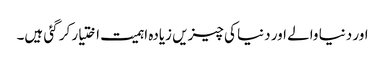
اور دنیا والے اور دنیا کی چیزیں زیادہ اہمیت اختیار کر گئی ہیں۔